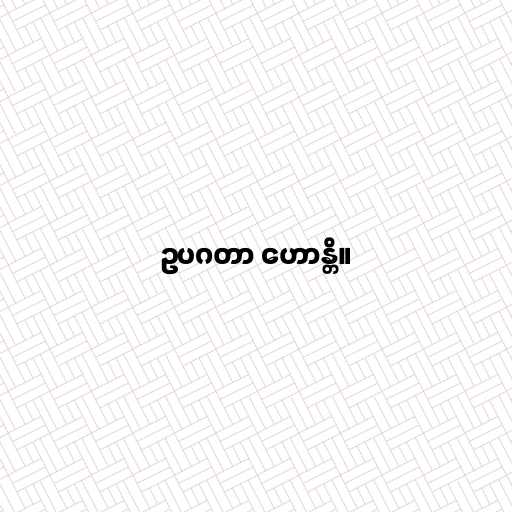
ဥပဂတာ ဟောန္တိ။